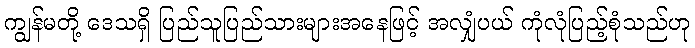
ကျွန်မတို့ ဒေသရှိ ပြည်သူပြည်သားများအနေဖြင့် အလျှံပယ် ကုံလုံပြည့်စုံသည်ဟု